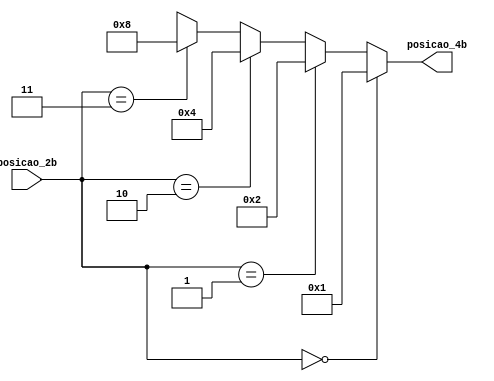
module converte_2b_4b( 
    input  [1:0] posicao_2b,
    output [3:0] posicao_4b
);


assign posicao_4b = posicao_2b == 2'b00 ? 4'b0001 :
                    posicao_2b == 2'b01 ? 4'b0010 :
                    posicao_2b == 2'b10 ? 4'b0100 :
                    posicao_2b == 2'b11 ? 4'b1000 : 4'bxxxx; 


endmodule